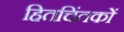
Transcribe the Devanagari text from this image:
हितचिंतकों